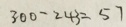
3 0 0 - 2 4 3 = 5 7